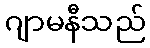
ဂျာမနီသည်